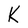
Character: K